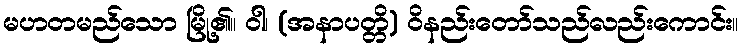
မဟတမည်သော မြို့၏။ ဝါ၊ (အနာပတ္တိ) ဝိနည်းတော်သည်လည်းကောင်း။